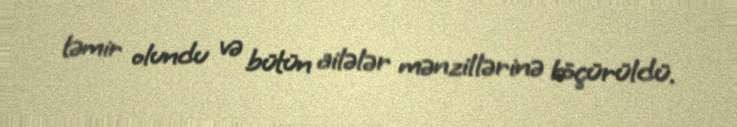
təmir olundu və bütün ailələr mənzillərinə köçürüldü.